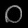
Digit: ၀